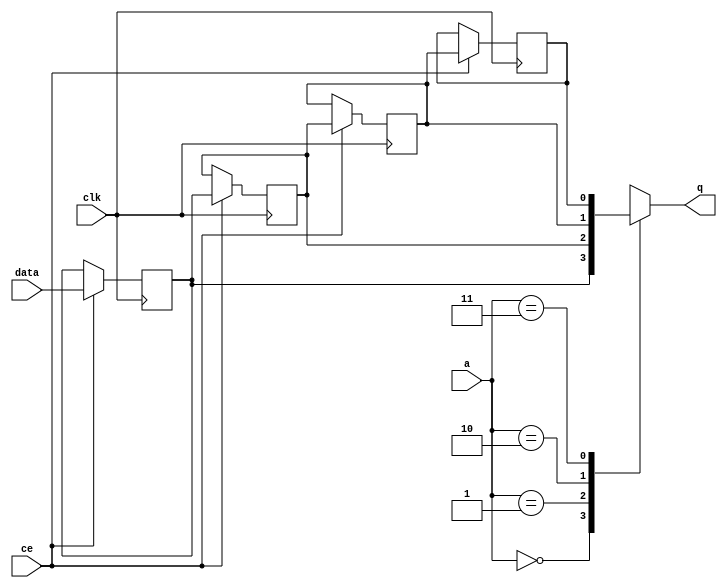


`timescale 1 ns / 1 ps

module kernel_bc_start_for_write_back51_U0_shiftReg (
    clk,
    data,
    ce,
    a,
    q);

parameter DATA_WIDTH = 32'd1;
parameter ADDR_WIDTH = 32'd2;
parameter DEPTH = 3'd4;

input clk;
input [DATA_WIDTH-1:0] data;
input ce;
input [ADDR_WIDTH-1:0] a;
output [DATA_WIDTH-1:0] q;

reg[DATA_WIDTH-1:0] SRL_SIG [0:DEPTH-1];
integer i;

always @ (posedge clk)
    begin
        if (ce)
        begin
            for (i=0;i<DEPTH-1;i=i+1)
                SRL_SIG[i+1] <= SRL_SIG[i];
            SRL_SIG[0] <= data;
        end
    end

assign q = SRL_SIG[a];

endmodule

module kernel_bc_start_for_write_back51_U0 (
    clk,
    reset,
    if_empty_n,
    if_read_ce,
    if_read,
    if_dout,
    if_full_n,
    if_write_ce,
    if_write,
    if_din);

parameter MEM_STYLE   = "shiftreg";
parameter DATA_WIDTH  = 32'd1;
parameter ADDR_WIDTH  = 32'd2;
parameter DEPTH       = 3'd4;

input clk;
input reset;
output if_empty_n;
input if_read_ce;
input if_read;
output[DATA_WIDTH - 1:0] if_dout;
output if_full_n;
input if_write_ce;
input if_write;
input[DATA_WIDTH - 1:0] if_din;

wire[ADDR_WIDTH - 1:0] shiftReg_addr ;
wire[DATA_WIDTH - 1:0] shiftReg_data, shiftReg_q;
wire                     shiftReg_ce;
reg[ADDR_WIDTH:0] mOutPtr = ~{(ADDR_WIDTH+1){1'b0}};
reg internal_empty_n = 0;
reg internal_full_n = 1;

assign if_full_n = internal_full_n;
assign if_empty_n = internal_empty_n;
assign shiftReg_data = if_din;
assign if_dout = shiftReg_q;

always @ (posedge clk) begin
    if (reset == 1'b1)
    begin
        mOutPtr <= ~{ADDR_WIDTH+1{1'b0}};
        internal_empty_n <= 1'b0;
        internal_full_n <= 1'b1;
    end
    else begin
        if (((if_read & if_read_ce) == 1 & internal_empty_n == 1) && 
            ((if_write & if_write_ce) == 0 | internal_full_n == 0))
        begin
            mOutPtr <= mOutPtr - 3'd1;
            if (mOutPtr == 3'd0)
                internal_empty_n <= 1'b0;
            internal_full_n <= 1'b1;
        end 
        else if (((if_read & if_read_ce) == 0 | internal_empty_n == 0) && 
            ((if_write & if_write_ce) == 1 & internal_full_n == 1))
        begin
            mOutPtr <= mOutPtr + 3'd1;
            internal_empty_n <= 1'b1;
            if (mOutPtr == DEPTH - 3'd2)
                internal_full_n <= 1'b0;
        end 
    end
end

assign shiftReg_addr = mOutPtr[ADDR_WIDTH] == 1'b0 ? mOutPtr[ADDR_WIDTH-1:0]:{ADDR_WIDTH{1'b0}};
assign shiftReg_ce = (if_write & if_write_ce) & internal_full_n;

kernel_bc_start_for_write_back51_U0_shiftReg 
#(
    .DATA_WIDTH(DATA_WIDTH),
    .ADDR_WIDTH(ADDR_WIDTH),
    .DEPTH(DEPTH))
U_kernel_bc_start_for_write_back51_U0_ram (
    .clk(clk),
    .data(shiftReg_data),
    .ce(shiftReg_ce),
    .a(shiftReg_addr),
    .q(shiftReg_q));

endmodule